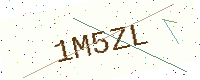
Text: 1M5ZL